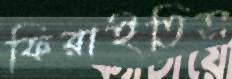
ফিরাইতিস